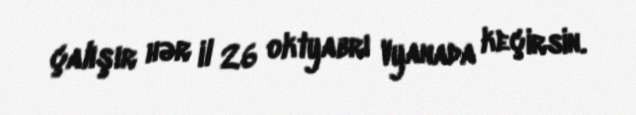
çalışır hər il 26 oktyabrı Vyanada keçirsin.